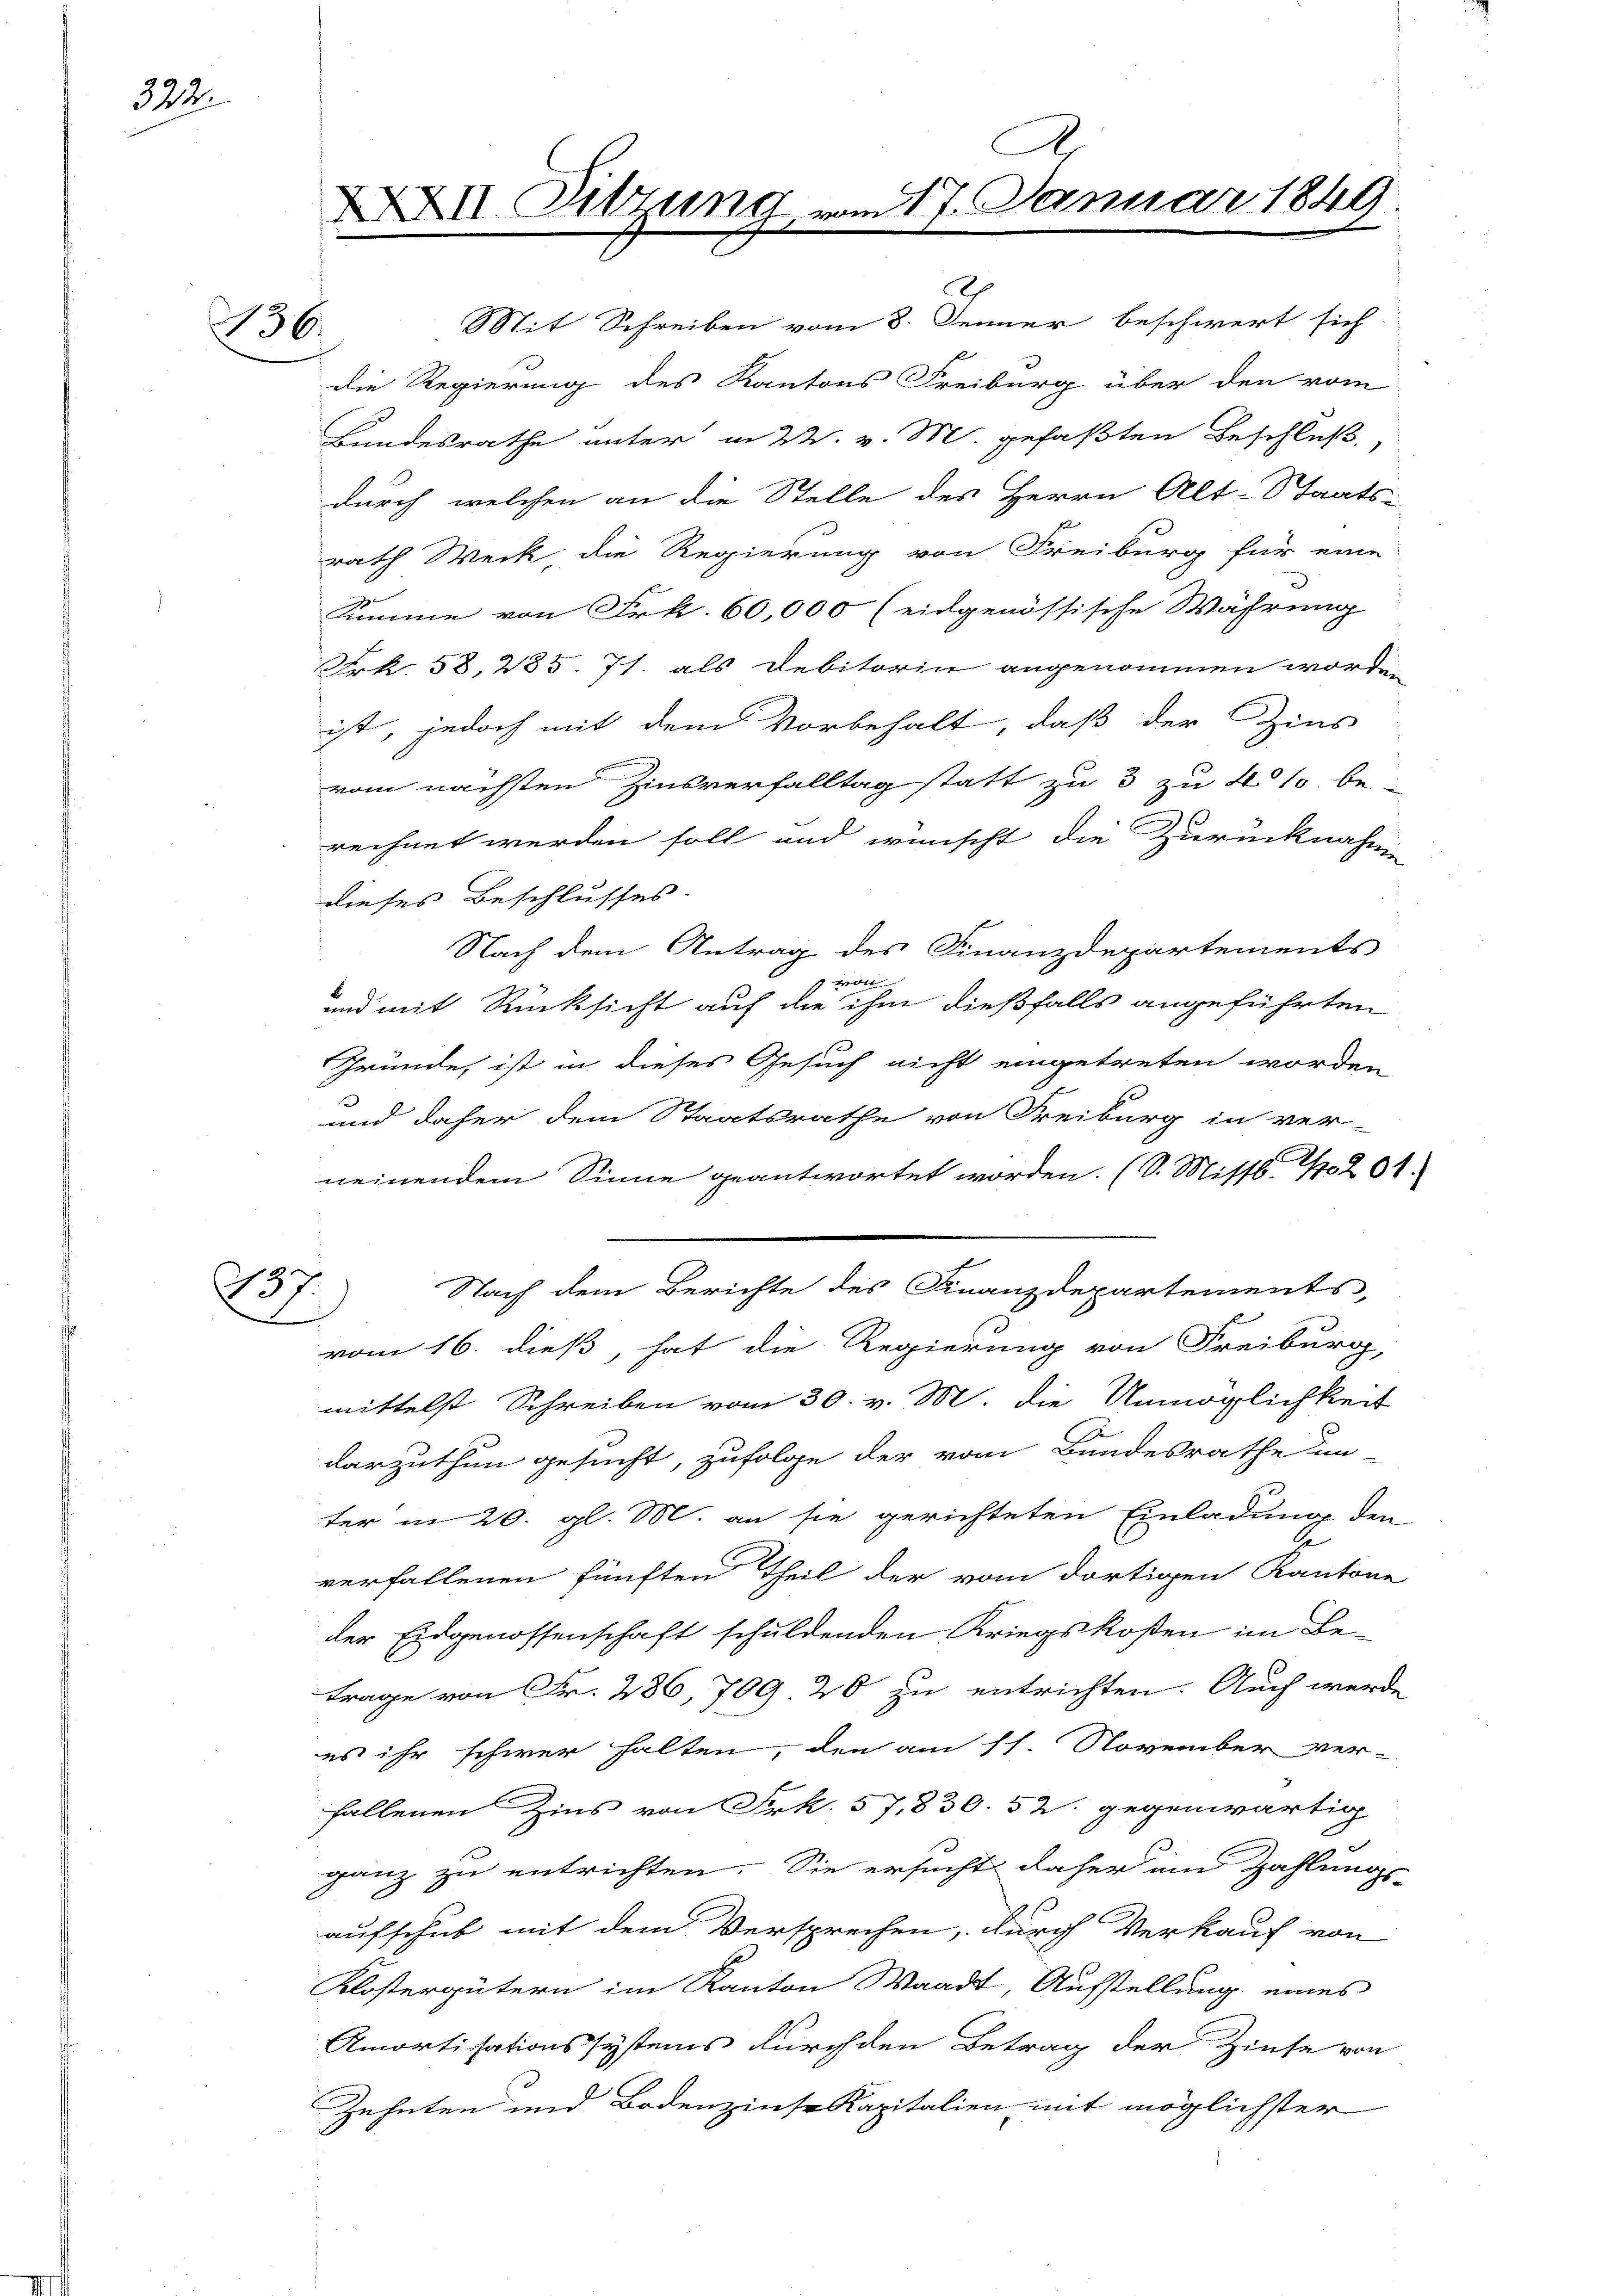
322.

136.

37.

.
XXXII. Sitzung vom 17. Januar 1849
1

e

Mit Schreiben vom 8. Jenner beschwert sich
die Regierung des Kantons Freiburg über den vom
Landesrathe unter in W. v. M. gefaßten Beschluß,
durch welchen an die Stelle des Herrn Alt-Staats-
rath Weck die Regierung von Freiburg für eine
Summe von Frk. 60,000 (eidgenössische Währung
Frk. 58, 285. 71. als Debitorin angenommen worde
ist, jedoch mit dem Vorbehalt, daß der Zins
vom nächsten Zinsverfalltag statt zu 3 zu 41. berechnet werden soll und wünscht die Zurücknahme
dieses Beschlusses.
Nach dem Antrag des Finanzdepartements
wieder
und mit Rücksicht auf die ihm dießfalls angeführten
Gründe, ist in dieses Gesuch nicht eingetreten worden
und daher dem Staatsrathe von Freiburg in ver-
neinendem Sinne geantwortet worden. (S. Missl. 10201.
Nach dem Berichte des Finanzdepartements,
vom 16. dieß, hat die Regierung von Freiburg,
mittelst Schreiben vom 30. v. M. die Unmöglichkeit
darzuthun gesucht, zufolge der vom Bundesrathe un-
ter in 20. gl. M. an sie gerichteten Einladung den
verfallenen fünften Theil der vom dortigen Kantone
der Eidgenossenschaft schuldenden Kriegskosten im Betrage von Fr. 286, 709. 20 zu entrichten. Auch werde
es ihr schwer halten, den am 11. November ver-
fallenen Zins von Frk. 57,830. 52. gegenwärtig
ganz zu entrichten. Sie ersucht daher um Zahlungs-
aufschub mit dem Versprechen, durch Verkauf von
Klostergütern im Kanton Waadt, Aufstellung eines
Amortisationssystems durch den Betrag der Zinse von
Zehnten und Bodenzinse Kapitalien mit möglichster